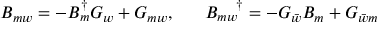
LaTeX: B _ { m w } = - B _ { m } ^ { \dagger } G _ { w } + G _ { m w } , \; \; \; \; \; \; B _ { m w } ^ { \; \; \; \; \; \dagger } = - G _ { \bar { w } } B _ { m } + G _ { \bar { w } m }